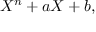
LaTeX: X ^ { n } + a X + b ,